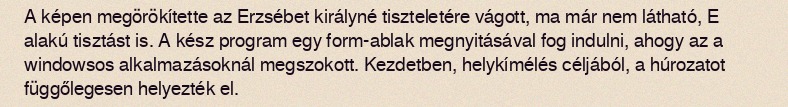
A képen megörökítette az Erzsébet királyné tiszteletére vágott, ma már nem látható, E alakú tisztást is. A kész program egy form-ablak megnyitásával fog indulni, ahogy az a windowsos alkalmazásoknál megszokott. Kezdetben, helykímélés céljából, a húrozatot függőlegesen helyezték el.